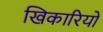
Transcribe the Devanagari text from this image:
खिकारियों